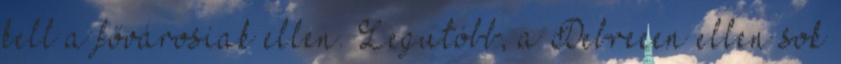
kell a fővárosiak ellen. Legutóbb, a Debrecen ellen sok